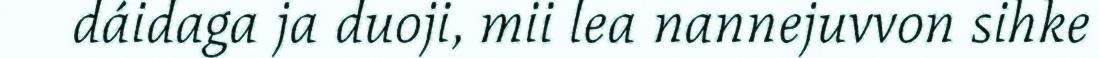
dáidaga ja duoji, mii lea nannejuvvon sihke